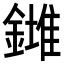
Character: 𨬉